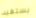
يستفيد